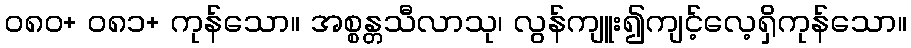
၀၈၀+ ၀၈၁+ ကုန်သော။ အစ္စန္တသီလာသု၊ လွန်ကျူး၍ကျင့်လေ့ရှိကုန်သော။